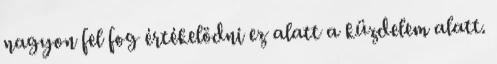
nagyon fel fog értékelödni ez alatt a küzdelem alatt.